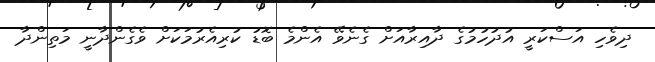
ދިވެހި އަސްކަރީ އުދުހުމުގެ ދާއިރާއަށް ގެނެވޭ އެންމެ ބޮޑު ކުރިއެރުމަކަށް ވެގެންދާނީ މަތިންދާ